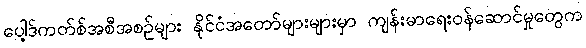
ပေါ့ဒ်ကတ်စ်အစီအစဉ်များ နိုင်ငံအတော်များများမှာ ကျန်းမာရေးဝန်ဆောင်မှုတွေက